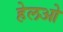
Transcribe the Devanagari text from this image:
हेलओ